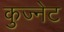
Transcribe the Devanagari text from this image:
कुज्नेट